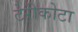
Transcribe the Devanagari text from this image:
टेरीकोटा